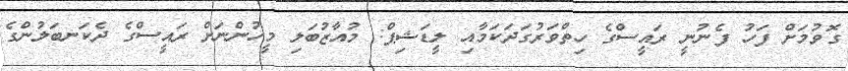
ގޮވުމަށް ފަހު ފެނުނީ ރައީސްގެ ހިތްވަރުގަދަކަމާއި ލީޑަޝިޕް: މުއާޒުބަލި މީހުންނަށް ރައީސްގެ ދެކަނބަލުންގެ